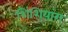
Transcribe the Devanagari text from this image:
शिंशियांग